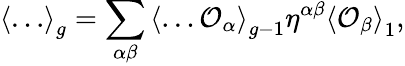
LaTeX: \left\langle\ldots\right\rangle_{g}=\sum_{\alpha\beta}\left\langle\ldots{\cal O}_{\alpha}\right\rangle_{g-1}\eta^{\alpha\beta}\left\langle{\cal O}_{\beta}\right\rangle_{1},